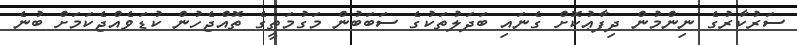
ސަރުކާރުގެ ނިންމުން ދިފާޢުކޮށް ގެނައި ބަދަލުތަކުގެ ސަބަބުން މަގުމަތީގެ ތޮއްޖެހުން ކުޑަވެއްޖެކަމަށް ބުނެ